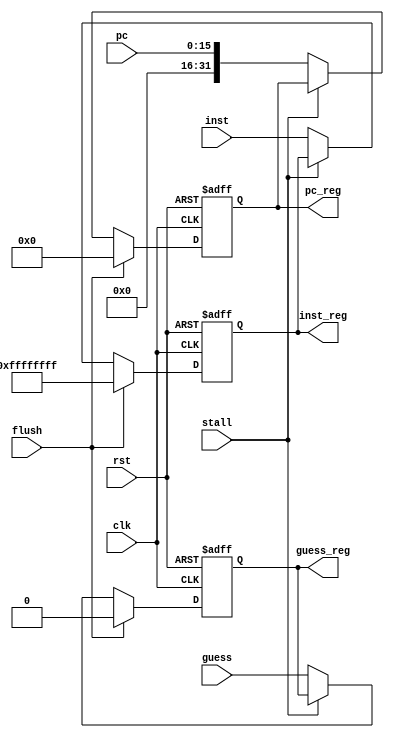
module F_D_Reg (
	input clk,
	input rst,
	input stall,			//update or not
	input flush,
	input [31:0] inst,
	input [15:0] pc,
	input guess,
	output reg[31:0] inst_reg,
	output reg[31:0] pc_reg,
	output reg guess_reg
);

always@(posedge clk or posedge rst) begin
	if(rst) begin
		inst_reg  <= 32'hffffffff;
		pc_reg 	  <= 32'b0;
		guess_reg <= 1'b0;
	end
	else if (flush) begin
		inst_reg  <= 32'hffffffff;
		pc_reg    <= 16'b0;
		guess_reg <= 1'b0;
	end
	else if (stall) begin
		inst_reg  <= inst_reg;
		pc_reg    <= pc_reg;
		guess_reg <= guess_reg;
	end
	else begin
		inst_reg  <= inst;
		pc_reg    <= {16'b0,pc};
		guess_reg <= guess;
	end
end
endmodule